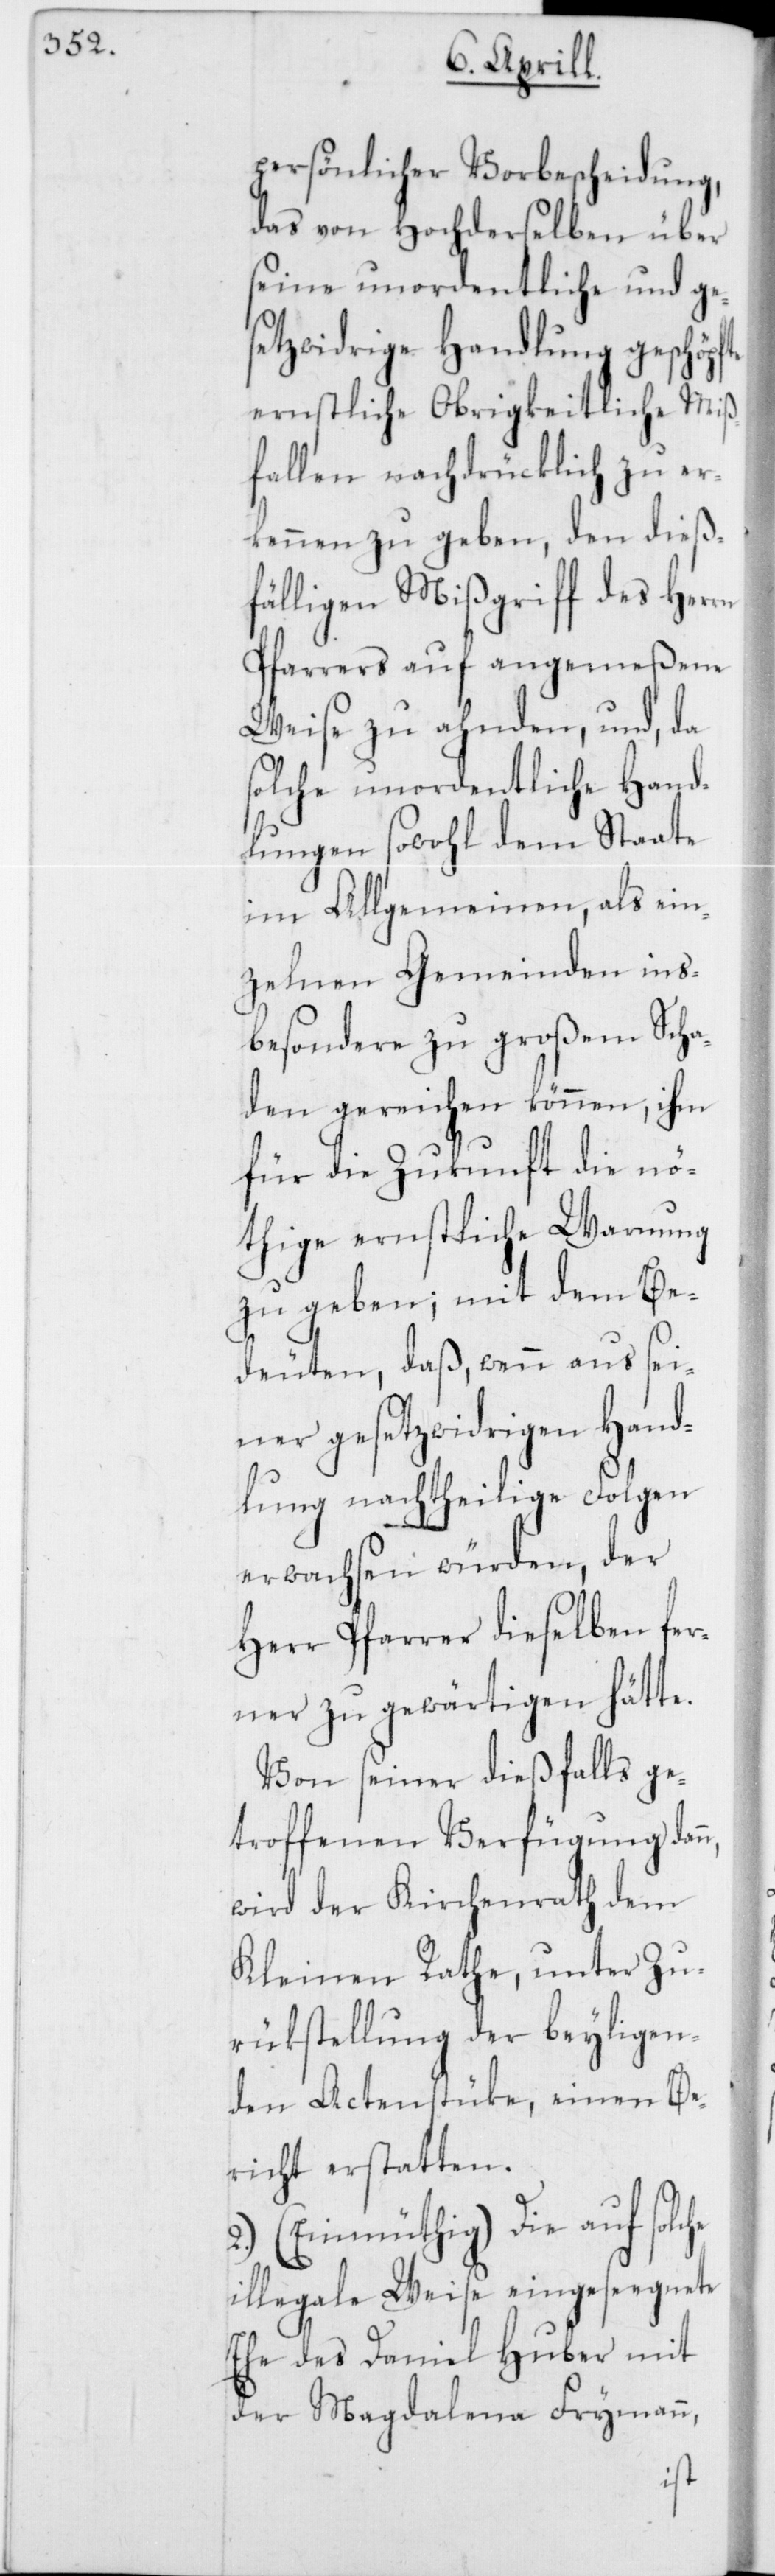
persönlicher Vorbescheidung,
das von Hochderselben über
seine unordentliche und ges¬
etzwidrige Handlung geschöpf¬
ernstliche Obrigkeitliche Miß¬
fallen nachdrücklich zu er¬
kennen zu geben, den dieß¬
fälligen Mißgriff des Herrn
Pfarrers auf angemeßene
Weise zu ahnden, und, da
solche unordentliche Hand¬
lungen sowohl dem Staate
im Allgemeinen, als ein¬
zelnen Gemeinden ins¬
besondere zu großem Scha¬
den gereichen können, ihm
für die Zukunft die nö¬
thige ernstliche Warnung
zu geben; mit dem Be¬
deuten, daß, wenn aus sei¬
ner gesetzwidrigen Hand¬
lung nachtheilige Folgen
erwachsen würden, der
Herr Pfarrer dieselben fer¬
ner zu gewärtigen hätte.
Von seiner dießfalls ge¬
troffenen Verfügung dann,
wird der Kirchenrath dem
Kleinen Rathe, unter Zu¬
rükstellung der beyligen¬
den Actenstüke, einen Be¬
richt erstatten.
2.) (Einmüthig) Die auf solc¬
illegale Weise eingeseegnete
Ehe des Daniel Huber mit
der Magdalena Frymann,
he